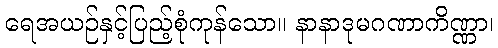
ရေအယဉ်နှင့်ပြည့်စုံကုန်သော။ နာနာဒုမဂဏာကိဏ္ဏာ၊